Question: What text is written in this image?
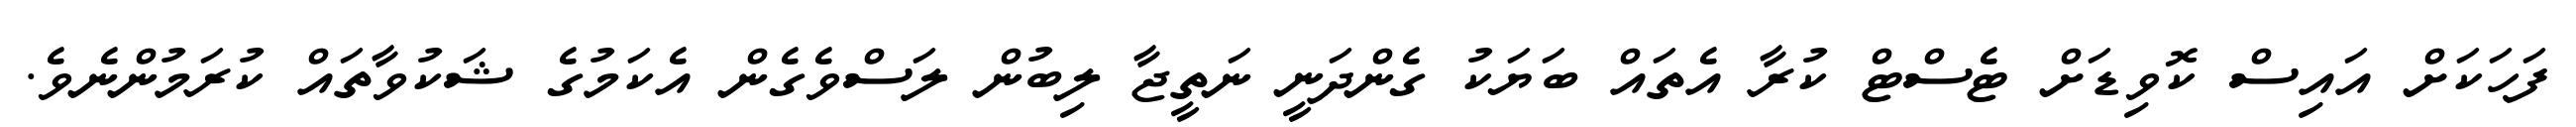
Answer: ފަހަކަށް އައިސް ކޮވިޑަށް ޓެސްޓް ކުރާ އެތައް ބަޔަކު ގެންދަނީ ނަތީޖާ ލިބުން ލަސްވެގެން އެކަމުގެ ޝަކުވާތައް ކުރަމުންނެވެ.